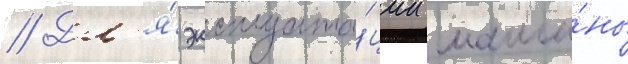
// Дл'я́ эксплуата́ции маши́ны